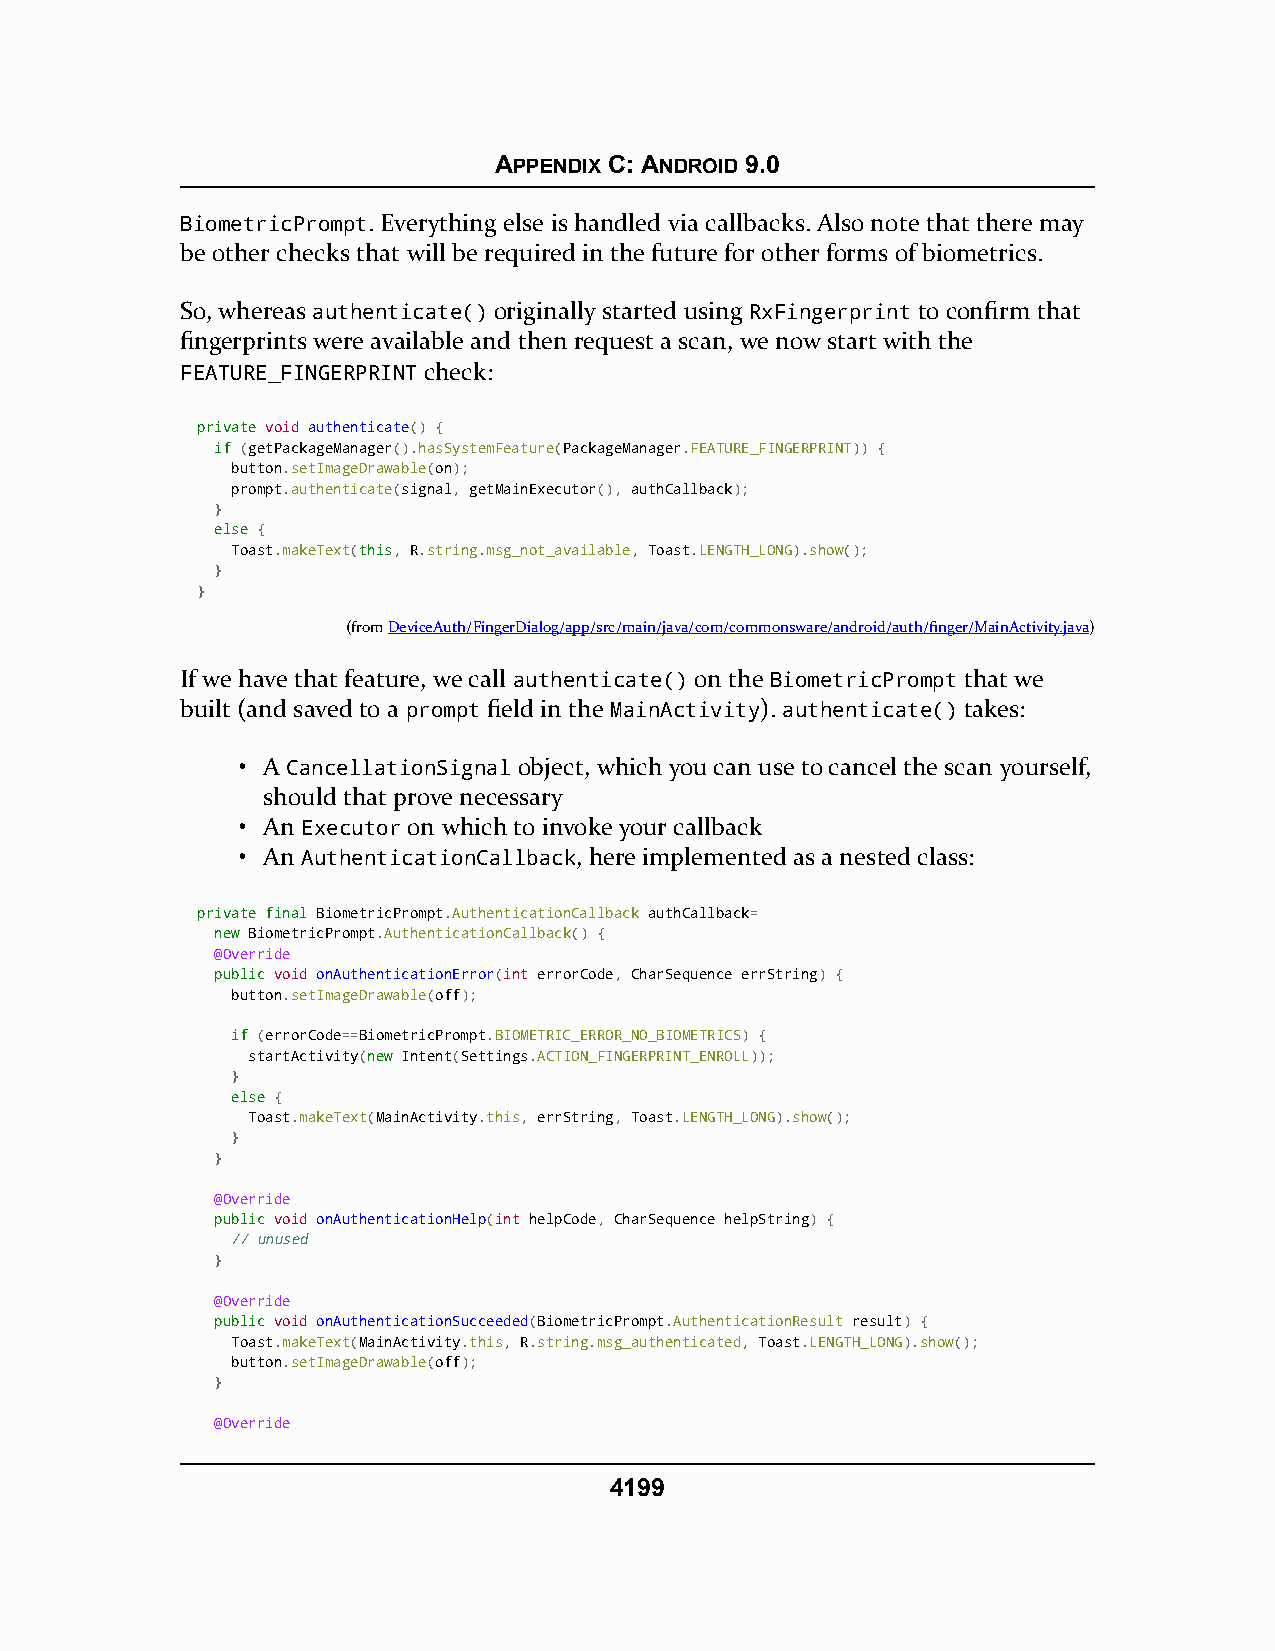
APPENDIX C: ANDROID 9.0
 BiometricPrompt. Everything else is handled via callbacks. Also note that there may
 be other checks that will be required in the future for other forms of biometrics.
 So, whereas authenticate() originally started using RxFingerprint to confirm that
 fingerprints were available and then request a scan, we now start with the
 FEATURE_FINGERPRINT check:
 pprriivvaattee void authenticate() {
 iiff (getPackageManager().hasSystemFeature(PackageManager.FEATURE_FINGERPRINT)) {
 button.setImageDrawable(on);
 prompt.authenticate(signal, getMainExecutor(), authCallback);
 }
 eellssee {
 Toast.makeText(tthhiiss, R.string.msg_not_available, Toast.LENGTH_LONG).show();
 }
 }
 (fromDeviceAuth/FingerDialog/app/src/main/java/com/commonsware/android/auth/finger/MainActivity.java)
 If we have that feature, we call authenticate() on the BiometricPrompt that we
 built (and saved to a prompt field in the MainActivity). authenticate() takes:
 • A CancellationSignal object, which you can use to cancel the scan yourself,
 should that prove necessary
 • An Executor on which to invoke your callback
 • An AuthenticationCallback, here implemented as a nested class:
 pprriivvaattee ffiinnaall BiometricPrompt.AuthenticationCallback authCallback=
 nneeww BiometricPrompt.AuthenticationCallback() {
 @Override
 ppuubblliicc void onAuthenticationError(int errorCode, CharSequence errString) {
 button.setImageDrawable(off);
 iiff (errorCode==BiometricPrompt.BIOMETRIC_ERROR_NO_BIOMETRICS) {
 startActivity(nneeww Intent(Settings.ACTION_FINGERPRINT_ENROLL));
 }
 eellssee {
 Toast.makeText(MainActivity.this, errString, Toast.LENGTH_LONG).show();
 }
 }
 @Override
 ppuubblliicc void onAuthenticationHelp(int helpCode, CharSequence helpString) {
 // unused
 }
 @Override
 ppuubblliicc void onAuthenticationSucceeded(BiometricPrompt.AuthenticationResult result) {
 Toast.makeText(MainActivity.this, R.string.msg_authenticated, Toast.LENGTH_LONG).show();
 button.setImageDrawable(off);
 }
 @Override
 4199